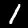
Label: 1